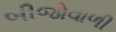
બીજોવાળી